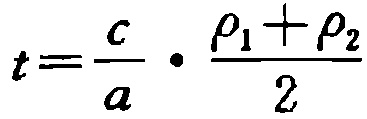
\[t=\frac{c}{a}\cdot\frac{\rho_1 + \rho_2}{2}\]